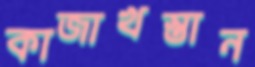
কাজাখস্তান